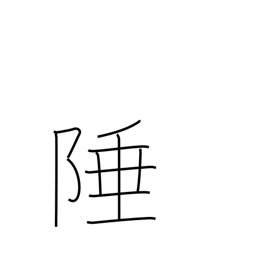
Meaning: boundary